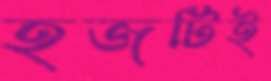
হজটিই